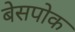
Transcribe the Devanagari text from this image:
बेसपोक